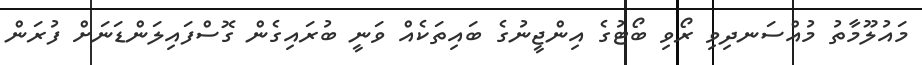
މައުލޫމާތު މުއްސަނދިވި ރޯވި ބޯޓުގެ އިންޖީނުގެ ބައިތަކެއް ވަނީ ބުރައިގެން ގޮސްފައިލަންޑަނަށް ފުރަން